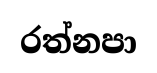
රත්නපා